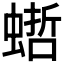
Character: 𧎴